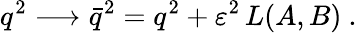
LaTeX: q^{2}\longrightarrow\bar{q}^{2}=q^{2}+\varepsilon^{2}\, L(A,B)\ .